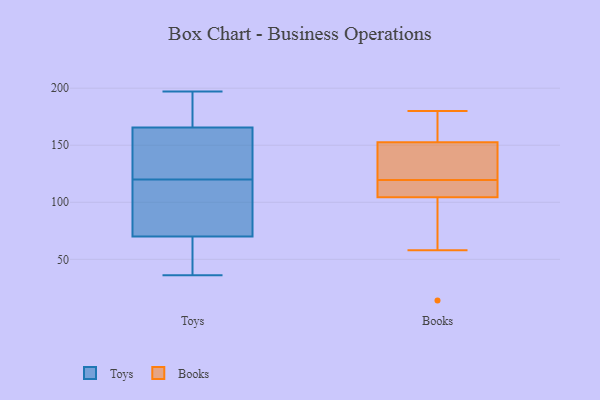
{"axis": {"x": "Churn Rate (%)", "y": "Value"}, "legend": ["Books", "Toys"], "data": [{"x": "", "y": 120, "type": "Toys"}, {"x": "", "y": 107, "type": "Toys"}, {"x": "", "y": 36, "type": "Toys"}, {"x": "", "y": 58, "type": "Toys"}, {"x": "", "y": 192, "type": "Toys"}, {"x": "", "y": 197, "type": "Toys"}, {"x": "", "y": 106, "type": "Toys"}, {"x": "", "y": 141, "type": "Toys"}, {"x": "", "y": 52, "type": "Toys"}, {"x": "", "y": 172, "type": "Toys"}, {"x": "", "y": 146, "type": "Toys"}, {"x": "", "y": 173, "type": "Books"}, {"x": "", "y": 117, "type": "Books"}, {"x": "", "y": 154, "type": "Books"}, {"x": "", "y": 109, "type": "Books"}, {"x": "", "y": 14, "type": "Books"}, {"x": "", "y": 58, "type": "Books"}, {"x": "", "y": 151, "type": "Books"}, {"x": "", "y": 180, "type": "Books"}, {"x": "", "y": 108, "type": "Books"}, {"x": "", "y": 129, "type": "Books"}, {"x": "", "y": 101, "type": "Books"}, {"x": "", "y": 122, "type": "Books"}]}